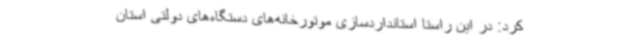
کرد: در این راستا استانداردسازی موتورخانه‌های دستگاه‌های دولتی استان